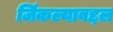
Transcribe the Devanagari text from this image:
जिंकल्याबद्दल